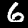
Digit: 6